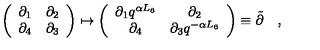
\left( \begin{array} { c c } { \partial _ { 1 } } & { \partial _ { 2 } } \\ { \partial _ { 4 } } & { \partial _ { 3 } } \\ \end{array} \right) \mapsto \left( \begin{array} { c c } { \partial _ { 1 } q ^ { \alpha L _ { 6 } } } & { \partial _ { 2 } } \\ { \partial _ { 4 } } & { \partial _ { 3 } q ^ { - \alpha L _ { 6 } } } \\ \end{array} \right) \equiv \tilde { \partial } \quad ,